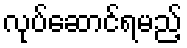
လုပ်ဆောင်ရမည့်